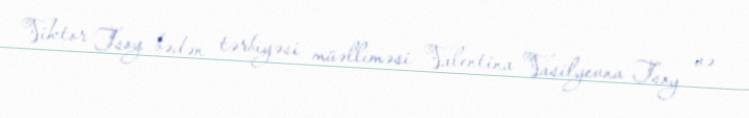
Viktor Tsoy bədən tərbiyəsi müəlliməsi Valentina Vasilyevna Tsoy və